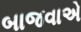
બાજવાએ